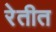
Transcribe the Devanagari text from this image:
रेतीत